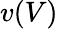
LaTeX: v(V)